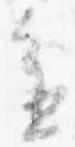
進